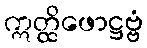
ဣတ္ထိဖောဋ္ဌဗ္ဗံ